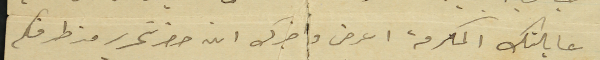
عايلتك المكرمة اعرض واخبرك انه حضر تحرير من طرفكم